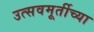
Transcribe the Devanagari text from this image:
उत्सवमूर्तीच्या